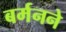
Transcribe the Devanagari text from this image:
बर्मनने